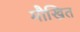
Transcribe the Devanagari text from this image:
मौखित